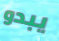
يبدو